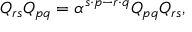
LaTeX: Q _ { r s } Q _ { p q } = \alpha ^ { s \cdot p - r \cdot q } Q _ { p q } Q _ { r s } ,